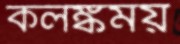
কলঙ্কময়